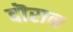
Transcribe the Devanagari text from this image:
दॊरान